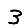
Digit: 3